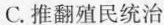
C.推翻殖民统治